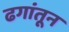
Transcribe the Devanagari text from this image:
ढगांतून